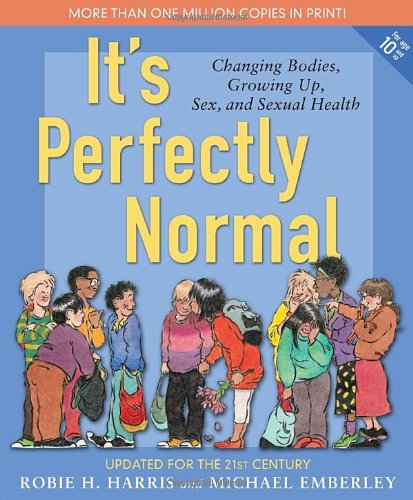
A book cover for It's Perfectly Normal: Changing Bodies, Growing Up, Sex, and Sexual Health (The Family Library); Robie H. Harris; Parenting & Relationships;